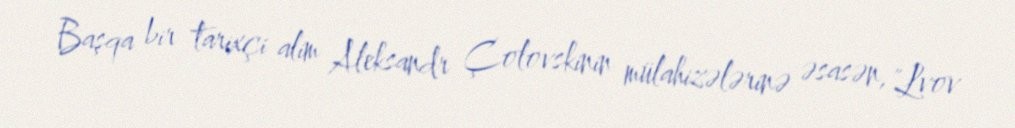
Başqa bir tarixçi alim Aleksandr Çolovskinin mülahizələrinə əsasən, "Lvov